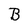
Character: B